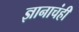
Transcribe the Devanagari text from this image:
ज्ञानाचंही